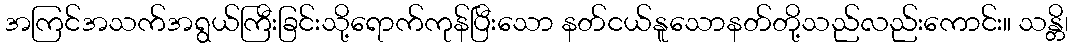
အကြင်အသက်အရွယ်ကြီးခြင်းသို့ရောက်ကုန်ပြီးသော နတ်ငယ်နူသောနတ်တို့သည်လည်းကောင်း။ သန္တိ၊